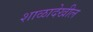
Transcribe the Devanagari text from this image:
शाळादेखील